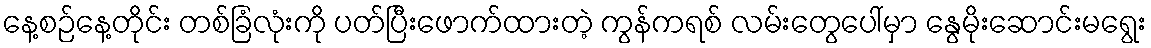
နေ့စဉ်နေ့တိုင်း တစ်ခြံလုံးကို ပတ်ပြီးဖောက်ထားတဲ့ ကွန်ကရစ် လမ်းတွေပေါ်မှာ နွေမိုးဆောင်းမရွေး